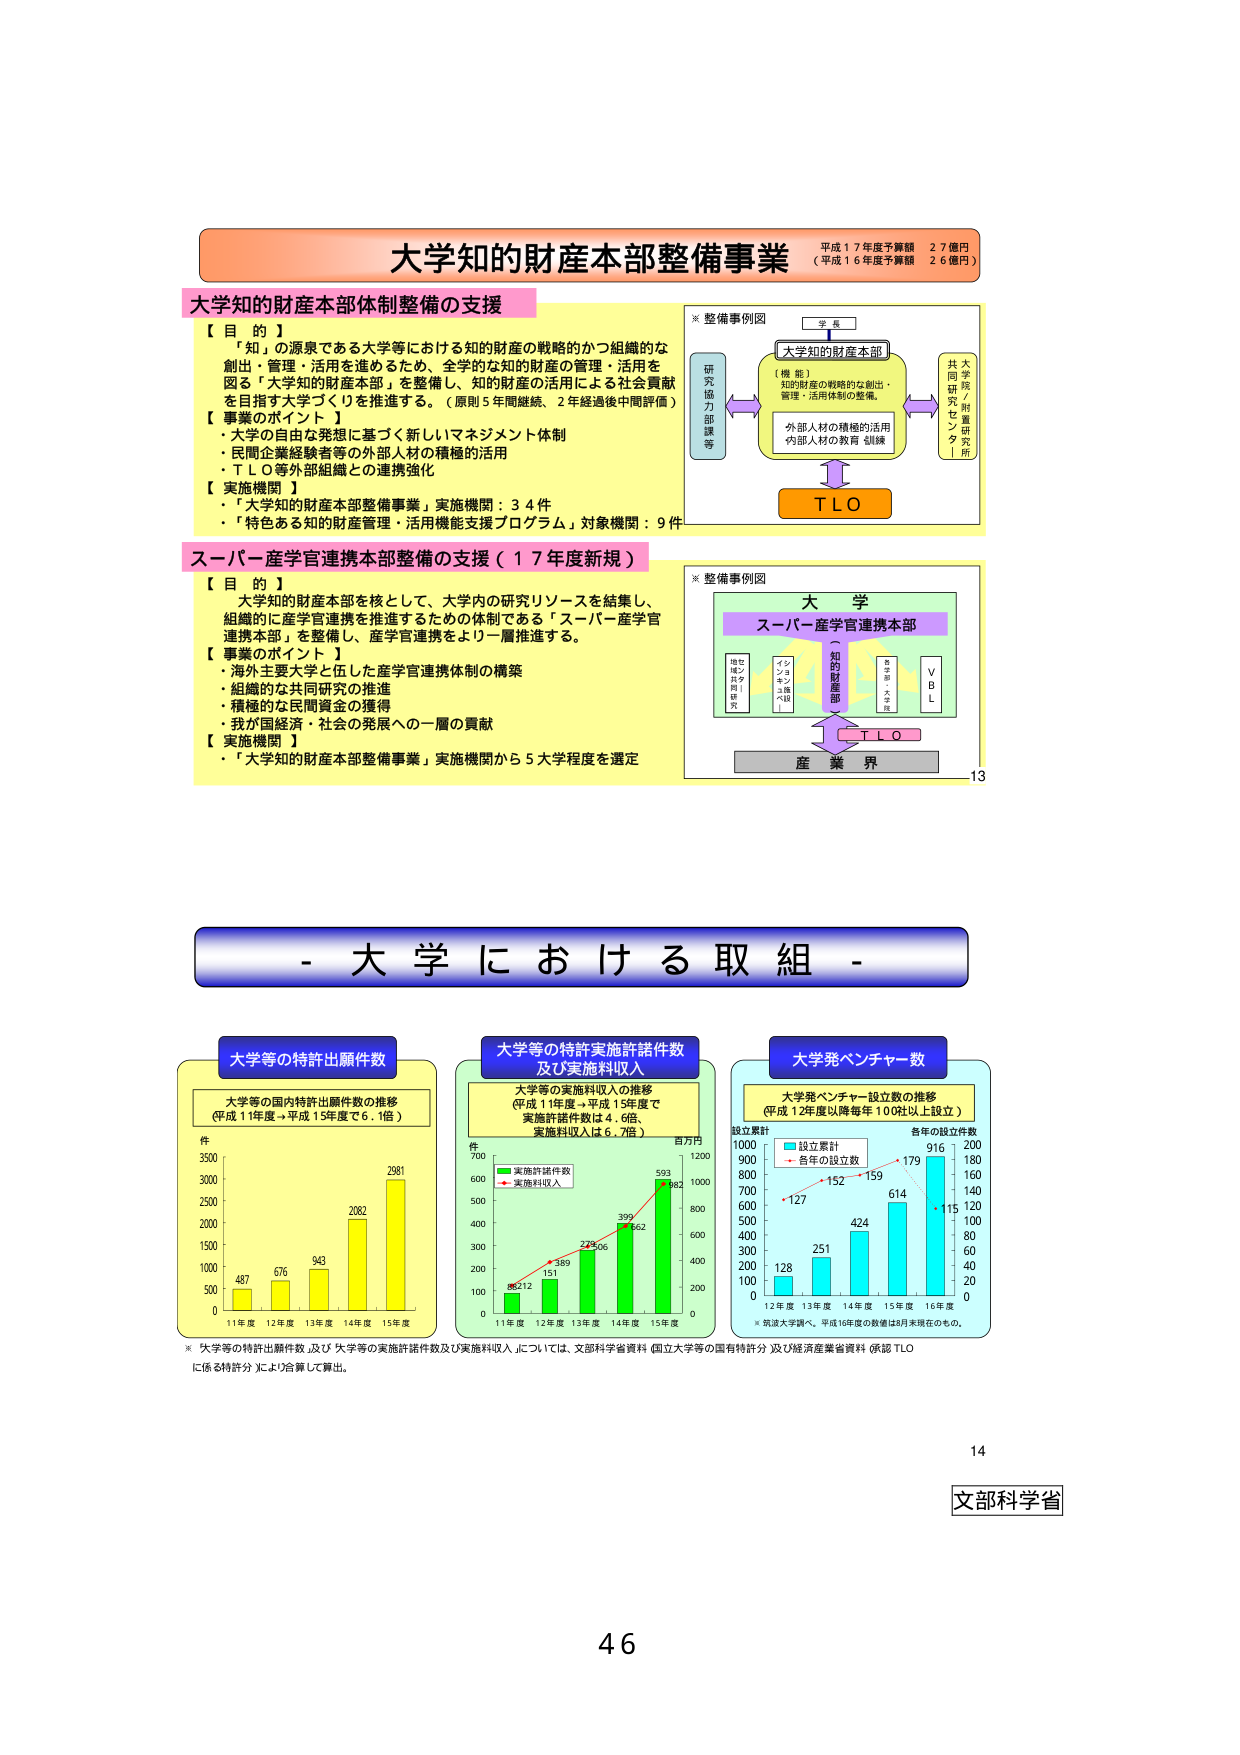
大学知的財産本部整備事業
平成17年度予算額 27億円
（平成16年度予算額 26億円）

大学知的財産本部体制整備の支援
【目的】
「知」の源泉である大学等における知的財産の戦略的かつ組織的な
創出・管理・活用を進めるため、全学的な知的財産の管理・活用を
図る「大学知的財産本部」を整備し、知的財産の活用による社会貢献
を目指す大学づくりを推進する。（原則5年間継続、2年経過後中間評価）
【事業のポイント】
・大学の自らな発想に基づく新しいマネジメント体制
・民間企業経験者等の外部人材の積極的活用
・TLO等外部組織との連携強化
【実施機関】
・「大学知的財産本部整備事業」実施機関：34件
・「特色ある知的財産管理・活用機能支援プログラム」対象機関：9件

※整備事例図
学長
大学知的財産本部
（機能）
知的財産の戦略的な創出・
管理・活用体制の整備。
外部人材の積極的活用
内部人材の教育・訓練
研究協力部課等
共同研究センター
大学院/附属研究所
TLO

スーパーア産学官連携本部整備の支援（17年度新規）
【目的】
大学知的財産本部を核として、大学内の研究リソースを結集し、
組織的に産学官連携を推進するための体制である「スーパーア産学官
連携本部」を整備し、産学官連携をより一層推進する。
【事業のポイント】
・海外主要大学と伍した産学官連携体制の構築
・組織的な共同研究の推進
・積極的な民間資金の獲得
・我が国経済・社会の発展への一層の貢献
【実施機関】
・「大学知的財産本部整備事業」実施機関から5大学程度を選定

※整備事例図
大学
スーパーア産学官連携本部
（知的財産本部）
地域共同研究
イノベーション支援
大学院・大学部
VBL
TLO
産業界

- 大 学 に お け る 取 組 -

大学等の特許出願件数
大学等の国内特許出願件数の推移
（平成11年度→平成15年度で6.1倍）
件
3500
3000
2500
2000
1500
1000
500
0
487
676
943
2082
2981
11年度 12年度 13年度 14年度 15年度

※「大学等の特許出願件数」及び「大学等の実施許諾件数及び実施料収入」については、文部科学省資料（国立大学等の国有特許分）及び経済産業省資料（係部TLOに係る特許分）により合算して算出。

大学等の特許実施許諾件数
及び実施料収入
大学等の実施料収入の推移
（平成11年度→平成15年度で
実施許諾件数は4.6倍、
実施料収入は6.7倍）
件
700
600
500
400
300
200
100
0
百万円
1200
1000
800
600
400
200
0
実施許諾件数
実施料収入
212
389
506
662
982
159
179
127
152
614
916
200
180
160
140
120
100
80
60
40
20
0
12年度 13年度 14年度 15年度 16年度
※筑波大学調べ。平成16年度の数値は8月現在のもの。

大学発ベンチャー数
大学発ベンチャー設立数の推移
（平成12年度以降毎年100社以上設立）
設立累計
各年の設立件数
1000
900
800
700
600
500
400
300
200
100
0
128
251
424
614
916
127
152
159
179
200
180
160
140
120
100
80
60
40
20
0
12年度 13年度 14年度 15年度 16年度

文部科学省
46
13
14